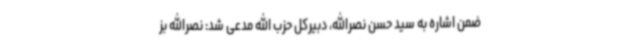
ضمن اشاره به سید حسن نصرالله، دبیرکل حزب الله مدعی شد: نصرالله بز